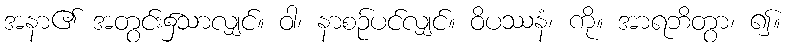
အနာ၏ အတွင်း၌သာလျှင်။ ဝါ၊ နာစဉ်ပင်လျှင်။ ဝိပဿနံ၊ ကို။ အာရဘိတွာ၊ ၍။